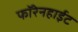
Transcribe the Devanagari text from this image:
फॉरेनहाईट